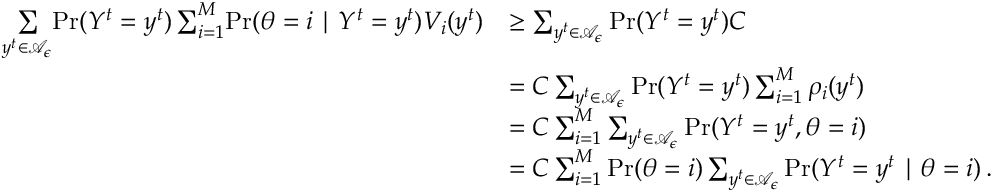
\begin{array} { r l } { \underset { y ^ { t } \in \mathcal { A } _ { \epsilon } } { \sum } \! \operatorname* { P r } ( Y ^ { t } = y ^ { t } ) \sum _ { i = 1 } ^ { M } \! \operatorname* { P r } ( \theta = i \mid Y ^ { t } = y ^ { t } ) V _ { i } ( y ^ { t } ) } & { \ge \sum _ { y ^ { t } \in \mathcal { A } _ { \epsilon } } \operatorname* { P r } ( Y ^ { t } = y ^ { t } ) C } \\ & { = C \sum _ { y ^ { t } \in \mathcal { A } _ { \epsilon } } \operatorname* { P r } ( Y ^ { t } = y ^ { t } ) \sum _ { i = 1 } ^ { M } { \rho _ { i } ( y ^ { t } ) } } \\ & { = C \sum _ { i = 1 } ^ { M } \sum _ { y ^ { t } \in \mathcal { A } _ { \epsilon } } \operatorname* { P r } ( Y ^ { t } = y ^ { t } , \theta = i ) } \\ & { = C \sum _ { i = 1 } ^ { M } \operatorname* { P r } ( \theta = i ) \sum _ { y ^ { t } \in \mathcal { A } _ { \epsilon } } \operatorname* { P r } ( Y ^ { t } = y ^ { t } \mid \theta = i ) \, . } \end{array}